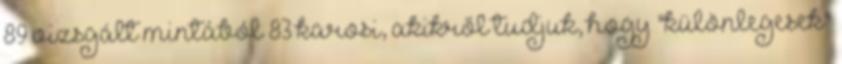
89 vizsgált mintából 83 karosi, akikről tudjuk, hogy "különlegesek"